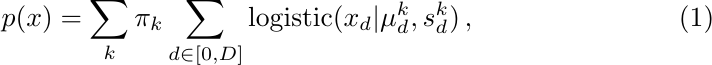
\begin{equation}
    \label{eq:log_likelihood_logistic}
    p(x) = \sum_{k} \pi_k \sum_{d \in [0,D]} \text{logistic}(x_d|\mu^k_d,s^k_d)
    \, ,
\end{equation}